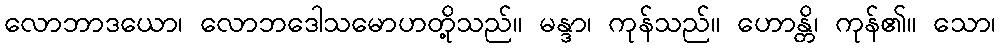
လောဘာဒယော၊ လောဘဒေါသမောဟတို့သည်။ မန္ဒာ၊ ကုန်သည်။ ဟောန္တိ၊ ကုန်၏။ သော၊